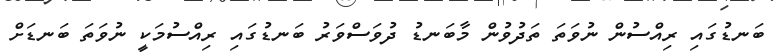
ބަނޑުގައި ރިއްސުން ނުވަތަ ތަދުވުން މާބަނޑު ދުވަސްވަރު ބަނޑުގައި ރިއްސުމަކީ ނުވަތަ ބަނޑަށް